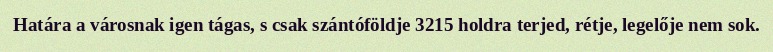
Határa a városnak igen tágas, s csak szántóföldje 3215 holdra terjed, rétje, legelője nem sok.